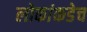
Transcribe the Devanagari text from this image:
लोकांकडेच